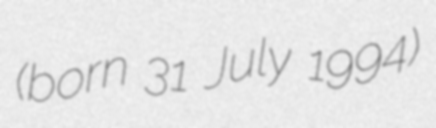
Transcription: (born 31 July 1994)